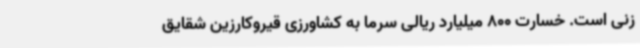
زنی است. خسارت 800 میلیارد ریالی سرما به کشاورزی قیروکارزین شقایق